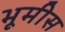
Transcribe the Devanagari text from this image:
भूमीस